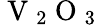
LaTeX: \mathrm{~V~}_{2}\mathrm{~O~}_{3}